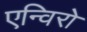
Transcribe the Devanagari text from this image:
एन्विरो